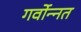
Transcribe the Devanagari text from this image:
गर्वोन्‍नत